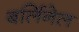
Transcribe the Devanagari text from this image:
बर्लिनेल